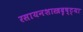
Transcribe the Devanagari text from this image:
रसायनशास्त्रदृष्ट्या